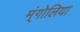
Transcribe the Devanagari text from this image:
म्ंगोलिया